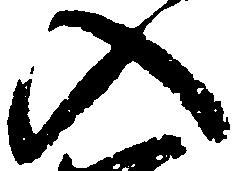
入